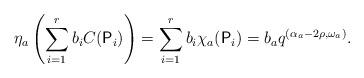
LaTeX: \begin{align*}\eta_a \left( \sum_{i = 1}^r b_i C(\mathsf{P}_i) \right) = \sum_{i = 1}^r b_i \chi_a (\mathsf{P}_i) = b_a q^{(\alpha_a - 2 \rho, \omega_a)}.\end{align*}